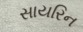
સાયરિન